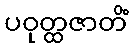
ပဝုတ္ထဇာတိံ